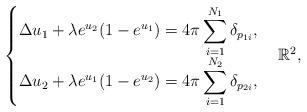
LaTeX: \begin{align*}\begin{cases}\Delta u_1+\lambda e^{u_2}(1-e^{u_1})=\displaystyle 4\pi\sum_{i=1}^{N_1}\delta_{p_{1i}},\\\Delta u_2+\lambda e^{u_1}(1-e^{u_2})=\displaystyle 4\pi\sum_{i=1}^{N_2}\delta_{p_{2i}},\end{cases} \mathbb R^2,\end{align*}